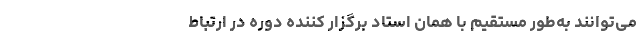
می‌توانند به‌طور مستقیم با همان استاد برگزار کننده دوره در ارتباط